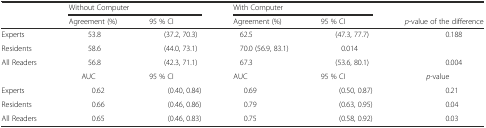
<table><thead><tr><td></td><td colspan="2"><b>Without Computer</b></td><td colspan="2"><b>With Computer</b></td><td></td></tr><tr><td></td><td><b>Agreement (%)</b></td><td><b>95 % CI</b></td><td><b>Agreement (%)</b></td><td><b>95 % CI</b></td><td><b><i>p</i>-value of the difference</b></td></tr></thead><tbody><tr><td>Experts</td><td>53.8</td><td>(37.2, 70.3)</td><td>62.5</td><td>(47.3, 77.7)</td><td>0.188</td></tr><tr><td>Residents</td><td>58.6</td><td>(44.0, 73.1)</td><td>70.0 (56.9, 83.1)</td><td>0.014</td><td></td></tr><tr><td>All Readers</td><td>56.8</td><td>(42.3, 71.1)</td><td>67.3</td><td>(53.6, 80.1)</td><td>0.004</td></tr><tr><td></td><td>AUC</td><td>95 % CI</td><td>AUC</td><td>95 % CI</td><td><i>p</i>-value</td></tr><tr><td>Experts</td><td>0.62</td><td>(0.40, 0.84)</td><td>0.69</td><td>(0.50, 0.87)</td><td>0.21</td></tr><tr><td>Residents</td><td>0.66</td><td>(0.46, 0.86)</td><td>0.79</td><td>(0.63, 0.95)</td><td>0.04</td></tr><tr><td>All Readers</td><td>0.65</td><td>(0.46, 0.83)</td><td>0.75</td><td>(0.58, 0.92)</td><td>0.03</td></tr></tbody></table>